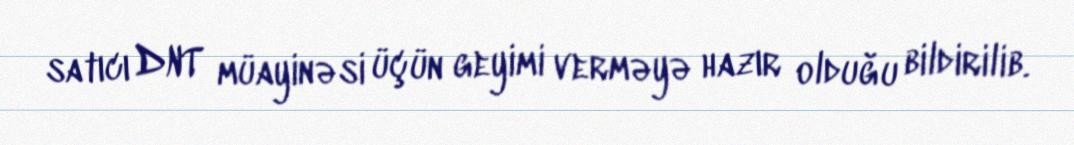
satıcı DNT müayinəsi üçün geyimi verməyə hazır olduğu bildirilib.